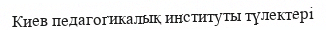
Киев педагогикалық институты түлектері